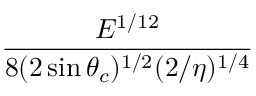
\frac { E ^ { 1 / 1 2 } } { 8 ( 2 \sin \theta _ { c } ) ^ { 1 / 2 } ( 2 / \eta ) ^ { 1 / 4 } }